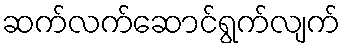
ဆက်လက်ဆောင်ရွက်လျက်